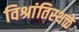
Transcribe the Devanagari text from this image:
विश्रांतिस्थळे